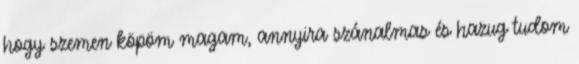
hogy szemen köpöm magam, annyira szánalmas és hazug tudom